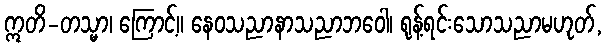
ဣတိ-တသ္မာ၊ ကြောင့်။ နေဝသညာနာသညာဘဝေါ၊ ရုန့်ရင်းသောသညာမဟုတ်,